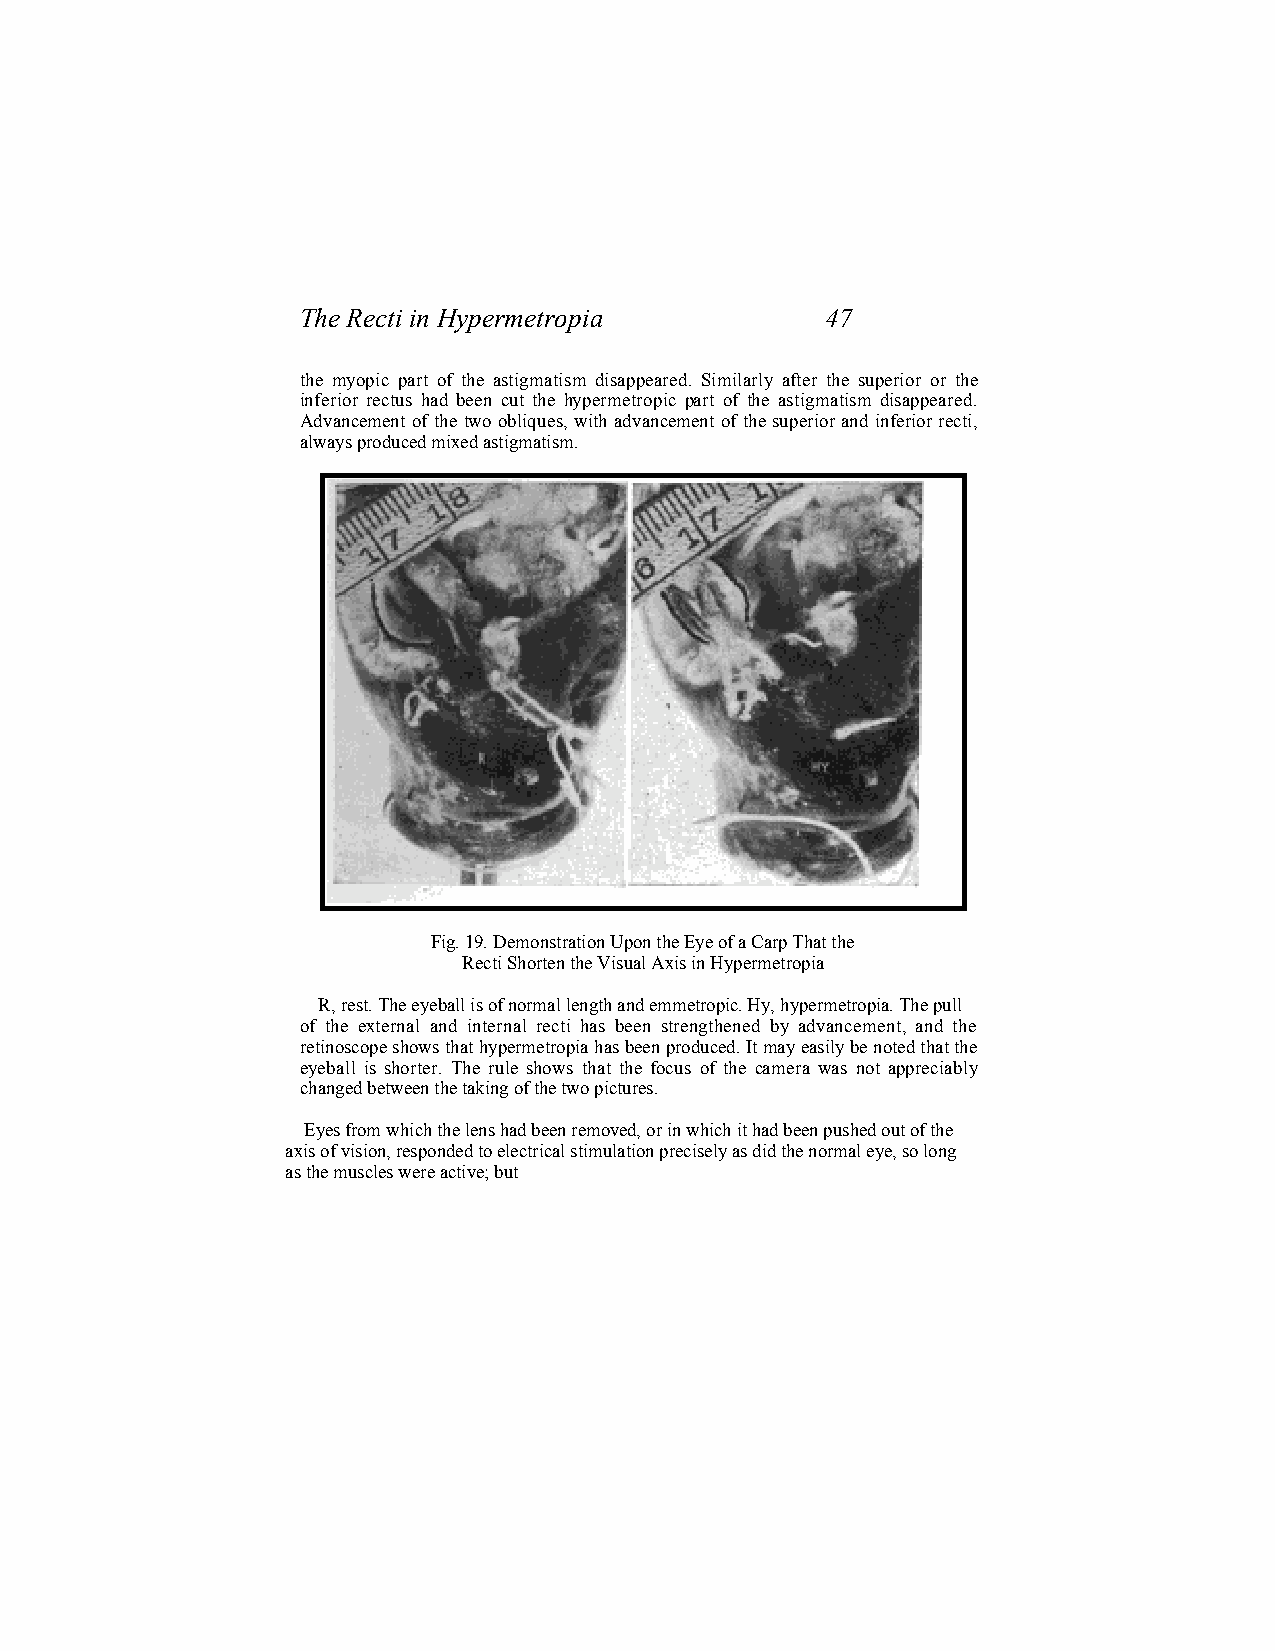
The Recti in Hypermetropia         47
 the myopic part of the astigmatism disappeared. Similarly after the superior or the
 inferior rectus had been cut the hypermetropic part of the astigmatism disappeared.
 Advancement of the two obliques, with advancement of the superior and inferior recti,
 always produced mixed astigmatism.
 Fig. 19. Demonstration Upon the Eye of a Carp That the
 Recti Shorten the Visual Axis in Hypermetropia
 R, rest. The eyeball is of normal length and emmetropic. Hy, hypermetropia. The pull
 of the external and internal recti has been strengthened by advancement, and the
 retinoscope shows that hypermetropia has been produced. It may easily be noted that the
 eyeball is shorter. The rule shows that the focus of the camera was not appreciably
 changed between the taking of the two pictures.
 Eyes from which the lens had been removed, or in which it had been pushed out of the
 axis of vision, responded to electrical stimulation precisely as did the normal eye, so long
 as the muscles were active; but